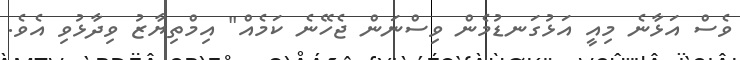
ވެސް އަޅާނެ މިއީ އަޅުގަނޑުމެން ވިސްނަން ޖެހޭނެ ކަމެއް" އިމްތިޔާޒު ވިދާޅުވި އެވެ.